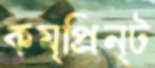
কম্প্রিন্ট